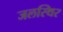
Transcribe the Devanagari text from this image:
जलस्थिर